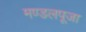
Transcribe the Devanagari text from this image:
मण्डलपूजा